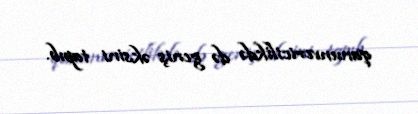
qanunvericilikdə də geniş əksini tapıb.